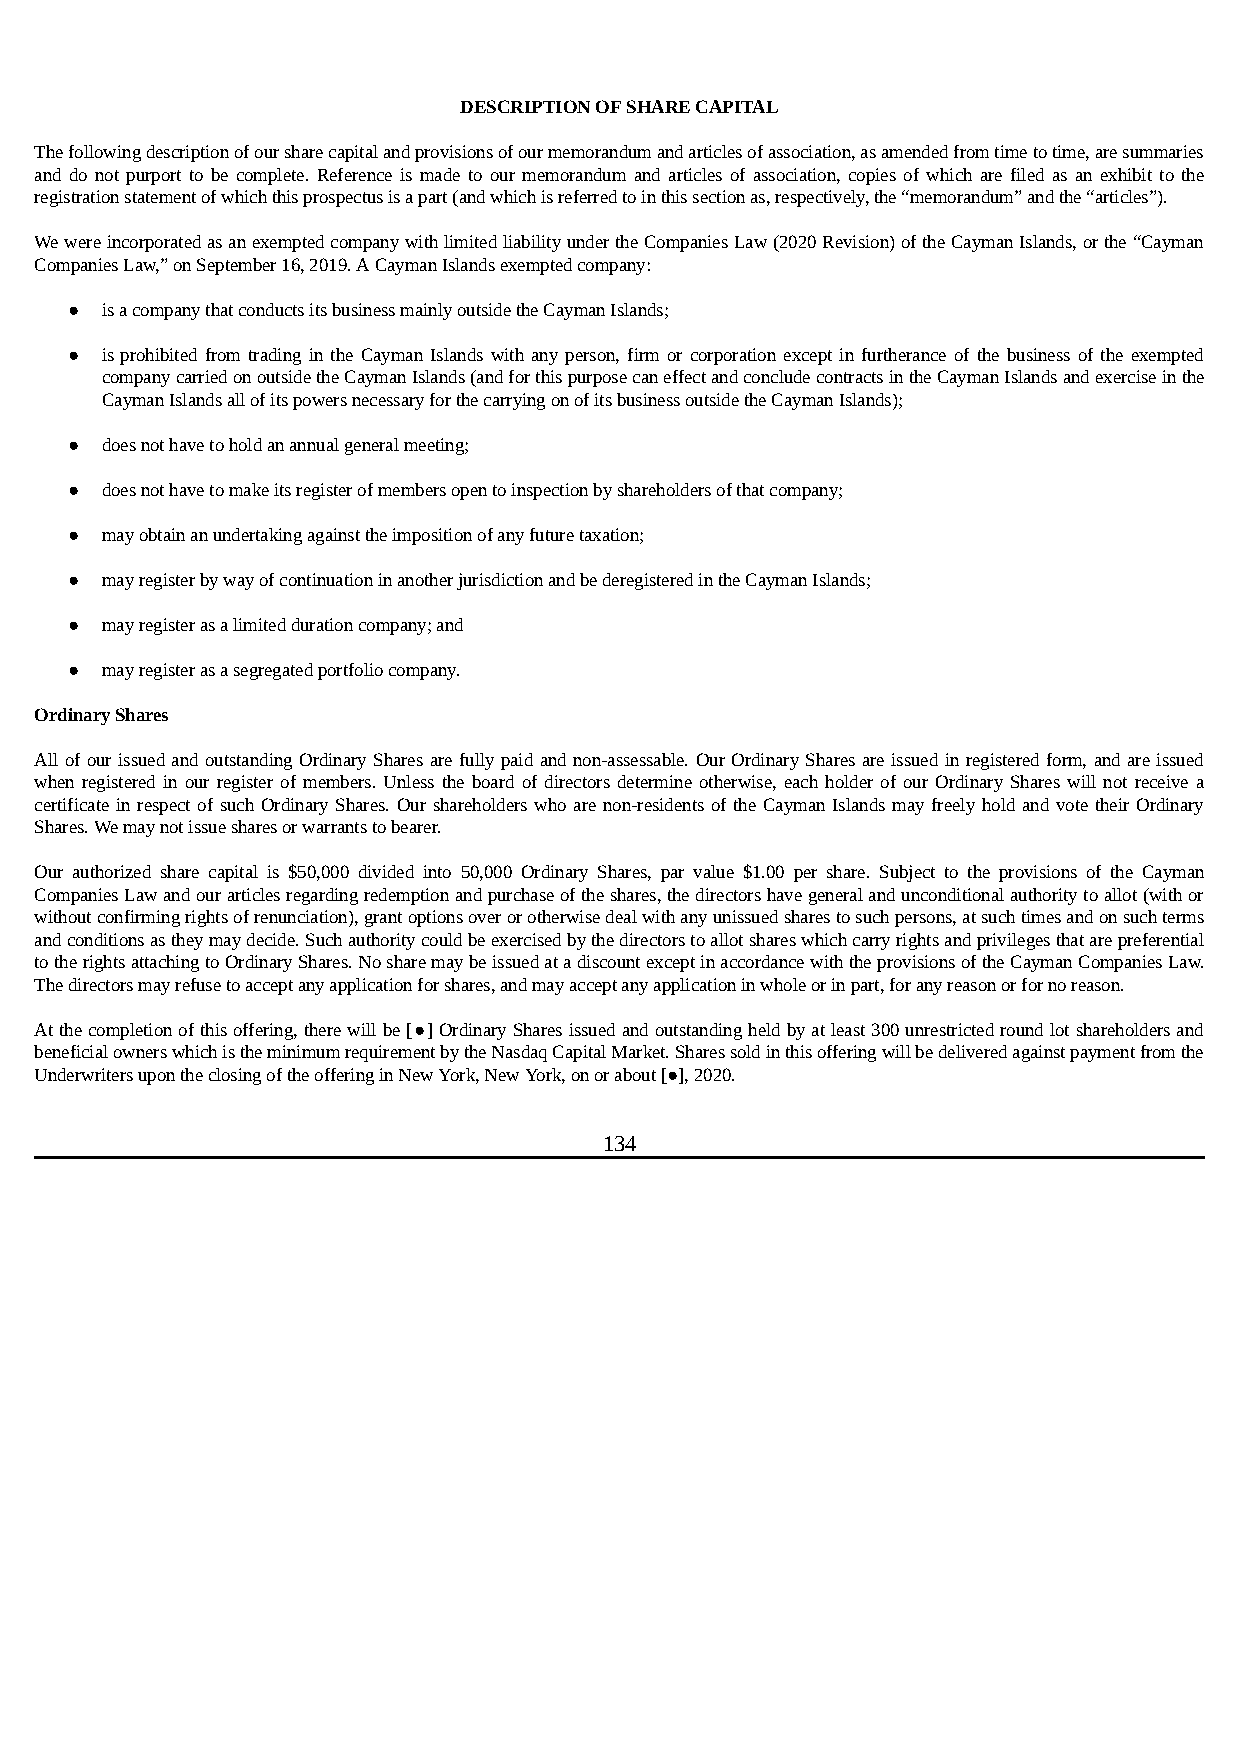
DESCRIPTION OF SHARE CAPITAL
 The following description of our share capital and provisions of our memorandum and articles of association, as amended from time to time, are summaries
 and do not purport to be complete. Reference is made to our memorandum and articles of association, copies of which are filed as an exhibit to the
 registration statement of which this prospectus is a part (and which is referred to in this section as, respectively, the “memorandum” and the “articles”).
 We were incorporated as an exempted company with limited liability under the Companies Law (2020 Revision) of the Cayman Islands, or the “Cayman
 Companies Law,” on September 16, 2019. A Cayman Islands exempted company:
 ●  is a company that conducts its business mainly outside the Cayman Islands;
 ●  is prohibited from trading in the Cayman Islands with any person, firm or corporation except in furtherance of the business of the exempted
 company carried on outside the Cayman Islands (and for this purpose can effect and conclude contracts in the Cayman Islands and exercise in the
 Cayman Islands all of its powers necessary for the carrying on of its business outside the Cayman Islands);
 ●  does not have to hold an annual general meeting;
 ●  does not have to make its register of members open to inspection by shareholders of that company;
 ●  may obtain an undertaking against the imposition of any future taxation;
 ●  may register by way of continuation in another jurisdiction and be deregistered in the Cayman Islands;
 ●  may register as a limited duration company; and
 ●  may register as a segregated portfolio company.
 Ordinary Shares
 All of our issued and outstanding Ordinary Shares are fully paid and non-assessable. Our Ordinary Shares are issued in registered form, and are issued
 when registered in our register of members. Unless the board of directors determine otherwise, each holder of our Ordinary Shares will not receive a
 certificate in respect of such Ordinary Shares. Our shareholders who are non-residents of the Cayman Islands may freely hold and vote their Ordinary
 Shares. We may not issue shares or warrants to bearer.
 Our authorized share capital is $50,000 divided into 50,000 Ordinary Shares, par value $1.00 per share. Subject to the provisions of the Cayman
 Companies Law and our articles regarding redemption and purchase of the shares, the directors have general and unconditional authority to allot (with or
 without confirming rights of renunciation), grant options over or otherwise deal with any unissued shares to such persons, at such times and on such terms
 and conditions as they may decide. Such authority could be exercised by the directors to allot shares which carry rights and privileges that are preferential
 to the rights attaching to Ordinary Shares. No share may be issued at a discount except in accordance with the provisions of the Cayman Companies Law.
 The directors may refuse to accept any application for shares, and may accept any application in whole or in part, for any reason or for no reason.
 At the completion of this offering, there will be [●] Ordinary Shares issued and outstanding held by at least 300 unrestricted round lot shareholders and
 beneficial owners which is the minimum requirement by the Nasdaq Capital Market. Shares sold in this offering will be delivered against payment from the
 Underwriters upon the closing of the offering in New York, New York, on or about [●], 2020.
 134